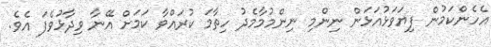
އެހެންކަމުން ފިޔަވަޅުއަޅަން ނިންމި ނިންމުމާމެދު ހިތާމަ ކުރައްވާ ކަމަށް އޭނާ ވިދާޅުވެފަ އެވެ.